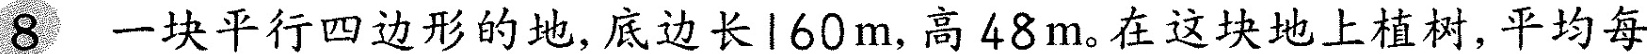
8一块平行四边形的地，底边长l60m，高48m。在这块地上植树，平均每